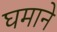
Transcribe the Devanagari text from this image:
घमाने